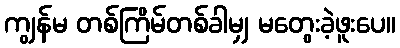
ကျွန်မ တစ်ကြိမ်တစ်ခါမျှ မတွေးခဲ့ဖူးပေ။